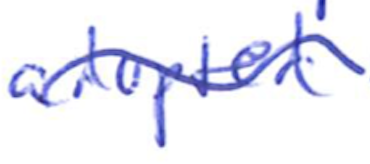
Text: adopted
Cross-out: wave
Writing tool: ballpoint